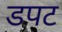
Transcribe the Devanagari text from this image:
डपट